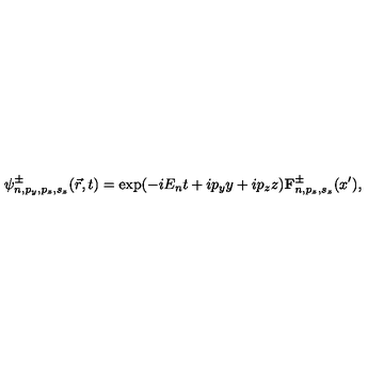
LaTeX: \psi _ { n , p _ { y } , p _ { z } , s _ { z } } ^ { \pm } ( \vec { r } , t ) = \exp ( - i E _ { n } t + i p _ { y } y + i p _ { z } z ) { \bf F } _ { n , p _ { z } , s _ { z } } ^ { \pm } ( x ^ { \prime } ) ,